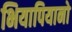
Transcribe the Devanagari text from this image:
भियापियानो